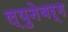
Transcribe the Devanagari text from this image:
ल्युनेबर्ग